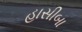
હાસીબા